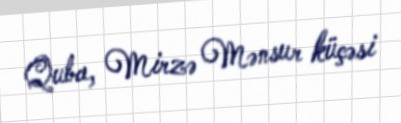
Quba, Mirzə Mənsur küçəsi